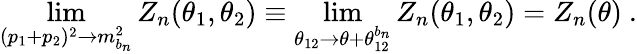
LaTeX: \operatorname*{lim}_{(p_{1}+p_{2})^{2}\rightarrow m_{b_{n}}^{2}}Z_{n}(\theta_{1},\theta_{2})\equiv\operatorname*{lim}_{\theta_{12}\rightarrow\theta+\theta_{12}^{b_{n}}}Z_{n}(\theta_{1},\theta_{2})=Z_{n}(\theta)~.